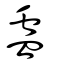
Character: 蠱